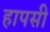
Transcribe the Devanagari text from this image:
हापसी